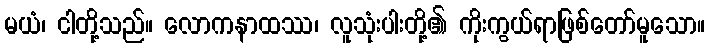
မယံ၊ ငါတို့သည်။ လောကနာထဿ၊ လူသုံးပါးတို့၏ ကိုးကွယ်ရာဖြစ်တော်မူသော။